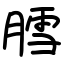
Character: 膤